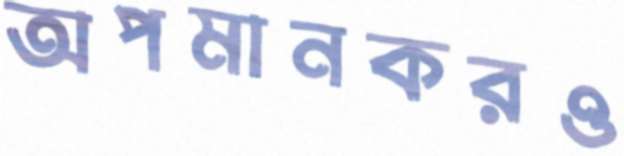
অপমানকরও